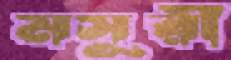
মসূরী